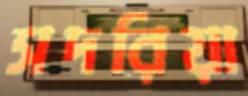
সদরিয়া